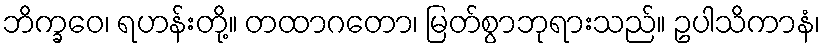
ဘိက္ခဝေ၊ ရဟန်းတို့။ တထာဂတော၊ မြတ်စွာဘုရားသည်။ ဥပါသိကာနံ၊